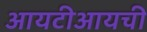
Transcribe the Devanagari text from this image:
आयटीआयची